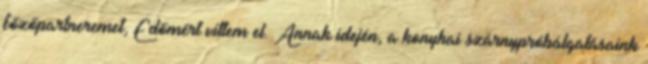
főzőpartneremet, Edömért vittem el. Annak idején, a konyhai szárnypróbálgatásaink